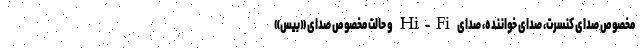
مخصوص صدای کنسرت، صدای خواننده، صدای Hi-Fi و حالت مخصوص صدای «بیس»